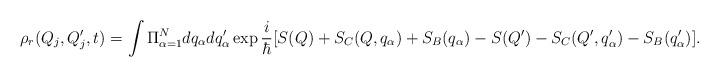
LaTeX: \begin{align*}\rho_r(Q_{j}, Q'_{j}, t) = \int \Pi_{\alpha=1}^{N} dq_{\alpha} dq'_{\alpha} \exp \frac{i}{\hbar} [S(Q)+S_C(Q,q_{\alpha})+S_B(q_{\alpha}) -S(Q')-S_C(Q',q'_{\alpha})- S_B(q'_{\alpha})].\end{align*}